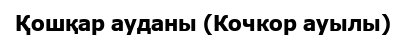
Қошқар ауданы (Кочкор ауылы)